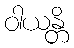
ဝါယန္တိ